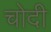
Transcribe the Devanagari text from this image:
चोदी